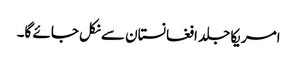
امریکا جلد افغانستان سے نکل جائے گا۔